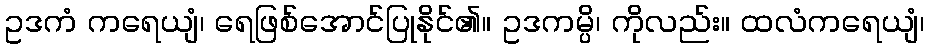
ဥဒကံ ကရေယျံ၊ ရေဖြစ်အောင်ပြုနိုင်၏။ ဥဒကမ္ပိ၊ ကိုလည်း။ ထလံကရေယျံ၊